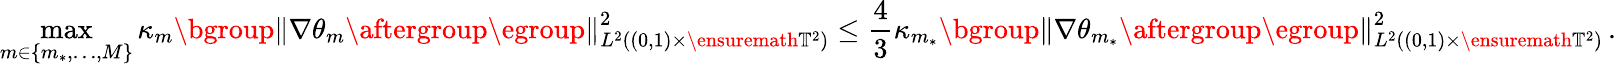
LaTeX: \operatorname*{max}_{m\in\{ m_{*},\ldots,M\} }\kappa_{m}\mathopen{}\mathclose\bgroup\left\| \nabla\theta_{m}\aftergroup\egroup\right\| _{L^{2}((0,1)\times\ensuremath{\mathbb{T}}^{2})}^{2}\leq\frac 43\kappa_{m_{*}}\mathopen{}\mathclose\bgroup\left\| \nabla\theta_{m_{*}}\aftergroup\egroup\right\| _{L^{2}((0,1)\times\ensuremath{\mathbb{T}}^{2})}^{2}\, .